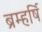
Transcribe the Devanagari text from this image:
ब्रम्हर्षि